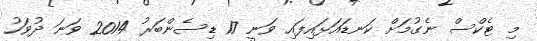
މި ޓެކްސް ނެގުމަށް ކަނޑައަޅައިފައި ވަނީ 17 ޑިސެންބަރު 2014 ވަނަ ދުވަހު